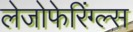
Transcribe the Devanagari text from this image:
लेजोफेरिंग्ल्स